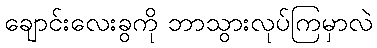
ချောင်းလေးခွကို ဘာသွားလုပ်ကြမှာလဲ